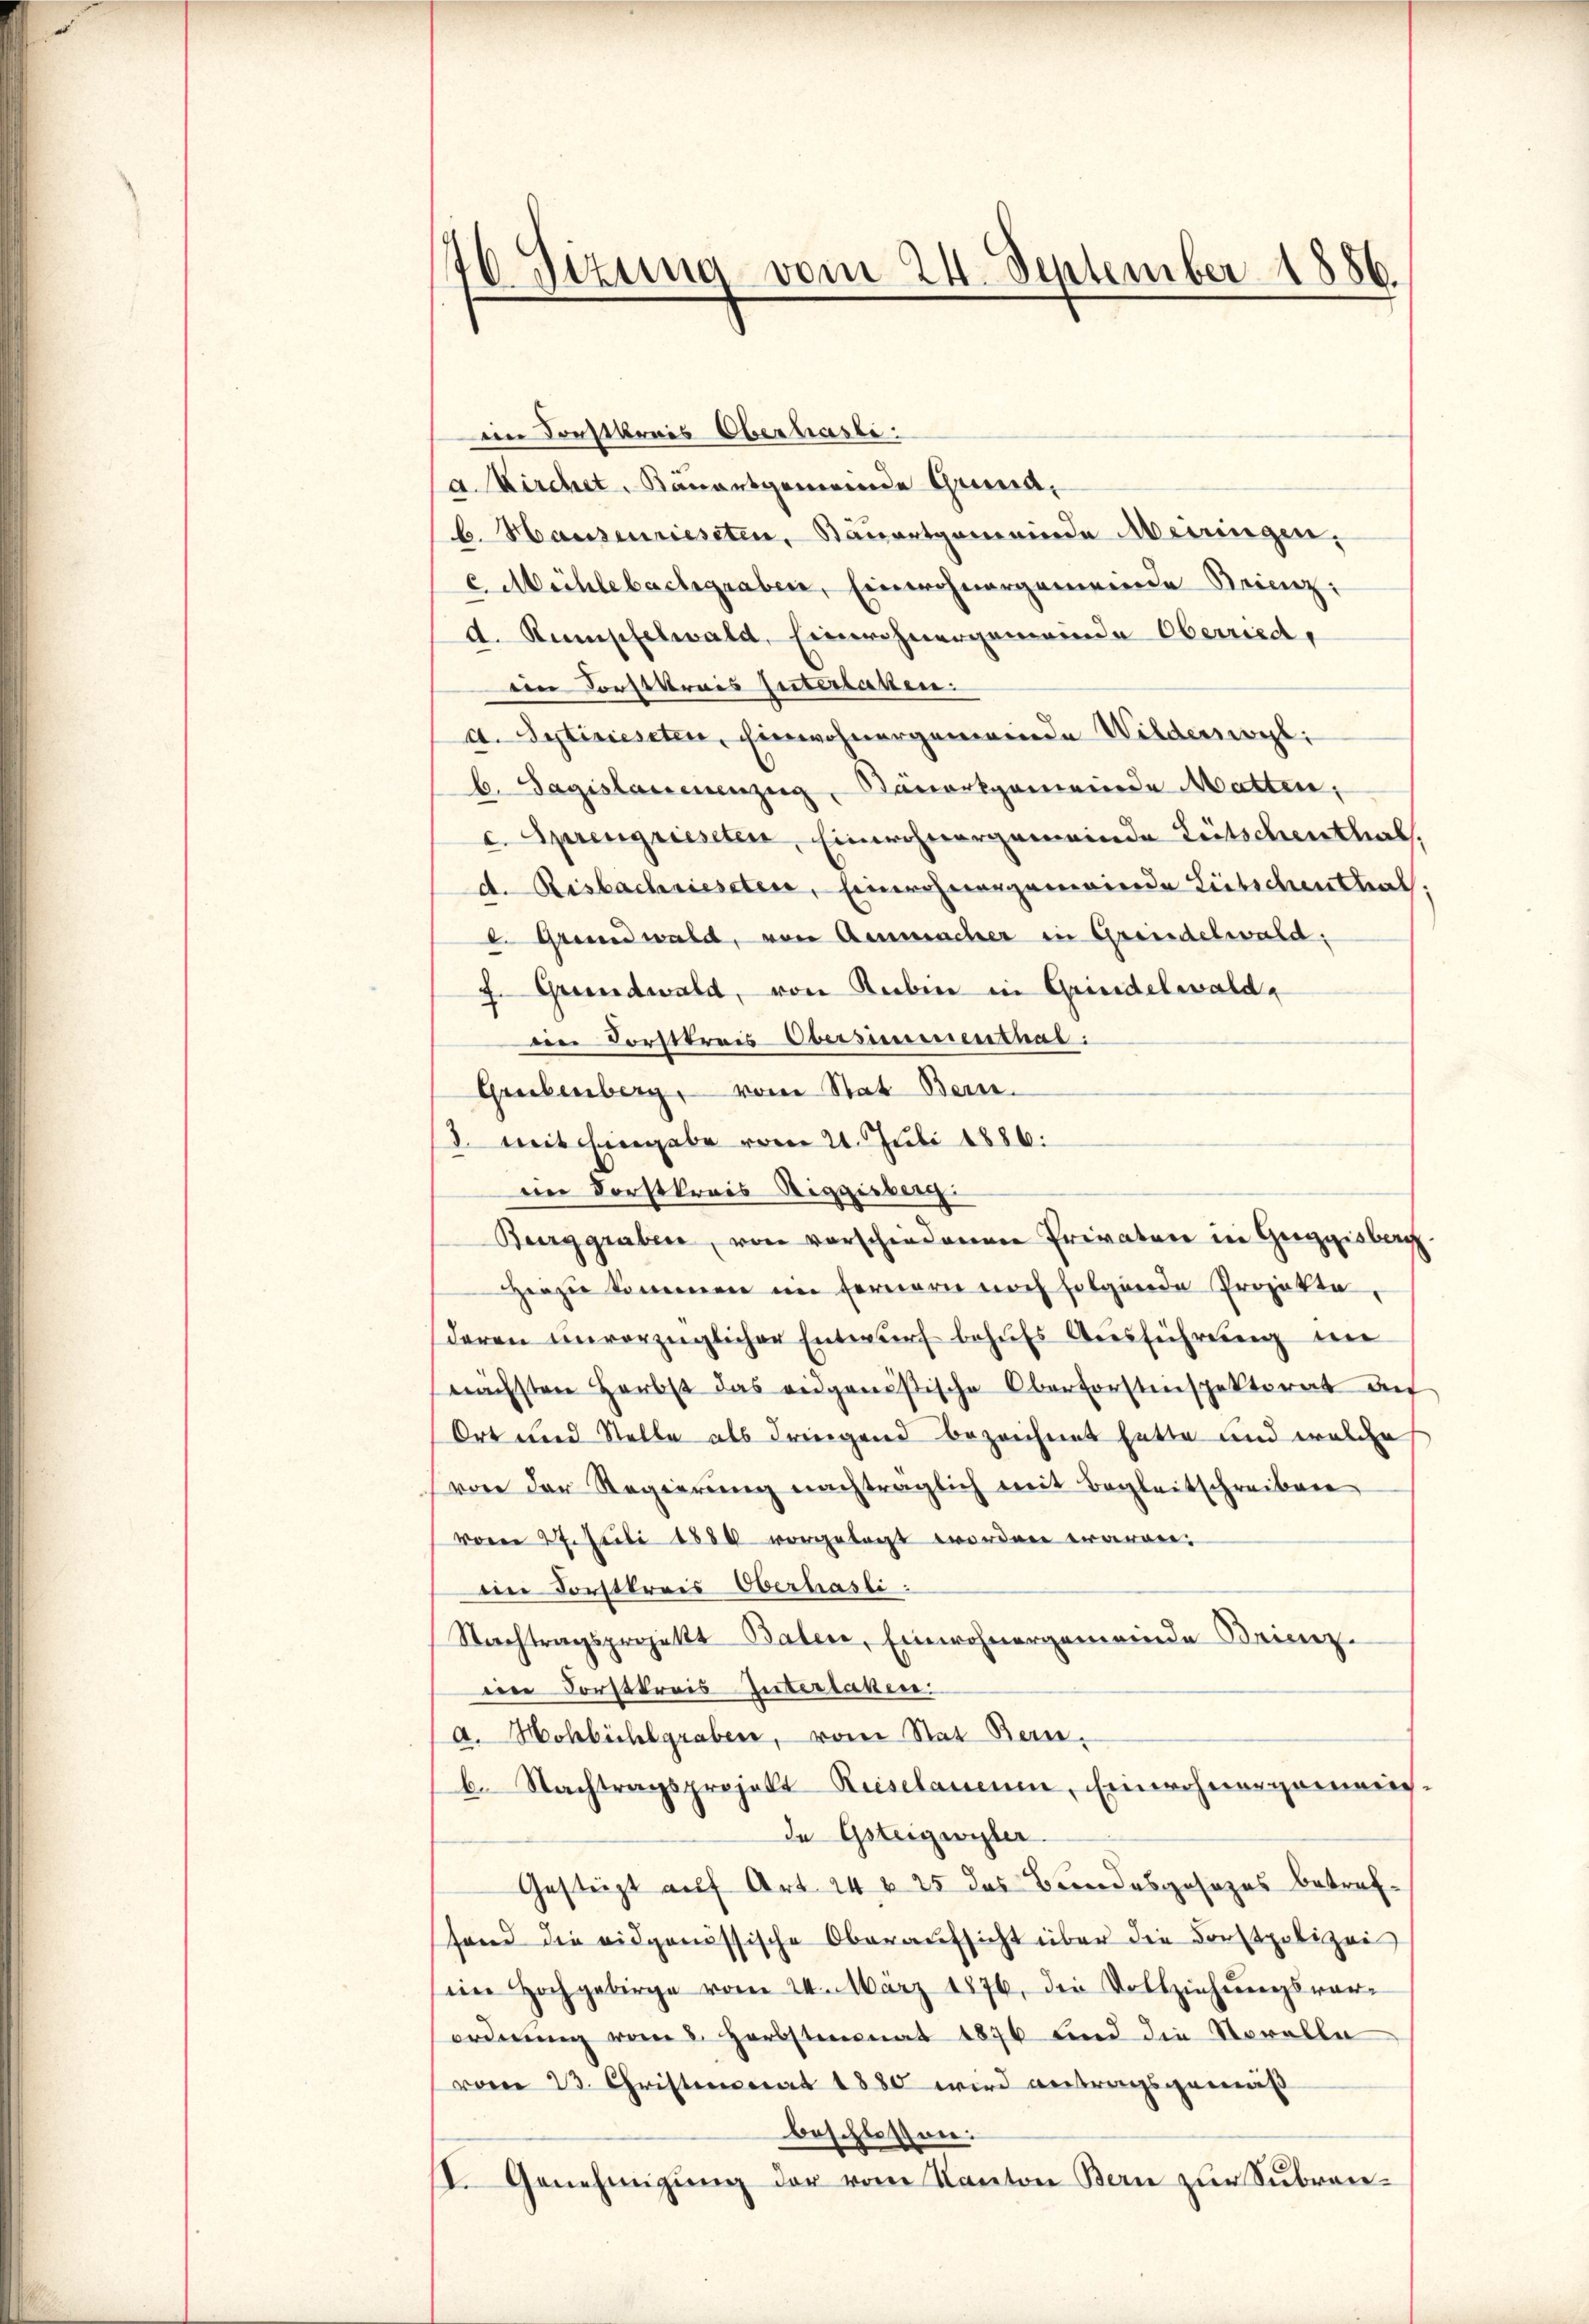
176. Sizung vom 24. September 1886.

im Sonstkrais Oberhasli
a. Kirchet, Bauartgemeinde Grund,
b. Hausenriesten, Bauretgemeinde Meiringen,
e Mühlebachgraben, Einwohnergemeinde Krienz:
d. Rumpfelwald, Einwohnergemeinde Oberried,
in Forstkrais guterlaken.
a. Sytiriesten, Einwohnergemeinde Wilderswyl
b. Sagistanenenzug, Kämerkgemeinde Matten,
c. Sprengriesten, Einwohnergemeinde Litschenthal,
d. Risbachriesten, Einwohnungenwinde Litschenthal.
e. Grund wald, von Ausmacher in Grindelwald;
J. Grundwald, von Rubin in Grindelwald,
Die Vorstkreis-Obersementhal:
Grubenberg, vom Stat Bern.
d. mit Eingabe vom 21. Juli 1886.
ein Forstkrais Riggisberg.
Burggraben, von verschiedenen Privaten in Geggisberg.
Herzen kommen im Fernern noch folgende Projekte,
deren unverzüglicher Entwŭrf behufs Ausführung im
nächsten Herbst das eidgenößische Oberforstenspektorat auf
Ort und Stelle als dringend bezeichnet hatte und welche
von der Regierŭng nachträglich mit Begleitschreiben
vom 27. Juli 1880 vorgelegt worden wären.
im Forstkreis Oberhasli:
Nachtragsprojekt Baten, Einwohnergemeinde Brienz
in Forstkreis-Interlassen:
a. Hohbüchlgraben, vom Stat Bern.
b. Nachtragsprojekt Keiselauene, Einwohnergemein-
de Gsteigeister.
Gesteigt auf Art. 24 f 25 das Bundesgesezes betrefhand die eidgenössische Oberaŭfsicht über die Forstpolizei
im Hochgebirge vom 24. März 1876, die Vollziehungsvorordnung vom 8. Herbstmonat 1876 und die Novalle
vom 23. Christmonat 1880 wird antragsgemäß
beschlossen:
I. Genehmigŭng der vom Kanton Bern zur Subrac¬